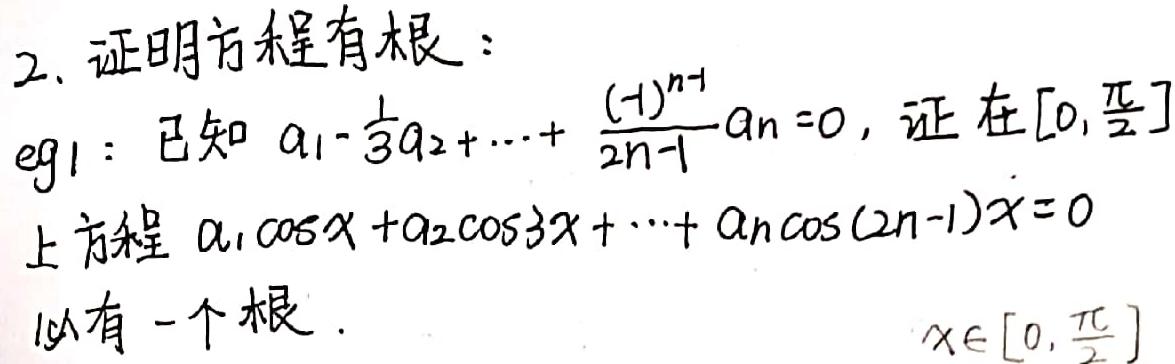
2. 证明方程有根：
eg1：已知 \(a_1 - \frac{1}{3}a_2 + \cdots + \frac{(-1)^{n - 1}}{2n - 1}a_n = 0\)，证在\([0, \frac{\pi}{2}]\)上方程 \(a_1\cos x + a_2\cos 3x + \cdots + a_n\cos(2n - 1)x = 0\)必有一个根.
\(x\in[0, \frac{\pi}{2}]\)